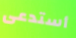
أستدعى